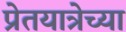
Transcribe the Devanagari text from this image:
प्रेतयात्रेच्या